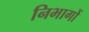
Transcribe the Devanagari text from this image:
निभागों